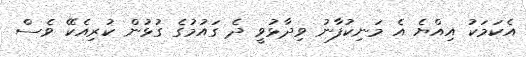
އެކަމަކު އިއްޔެ އެ މަނިކުފާނު ވިދާޅުވީ ދެ ގައުމުގެ ގުޅުން ކުރިއެކޭ ވެސް